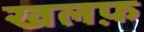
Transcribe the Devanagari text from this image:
खलफ़